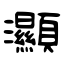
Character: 灦